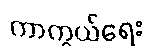
ကာကွယ်ရေး